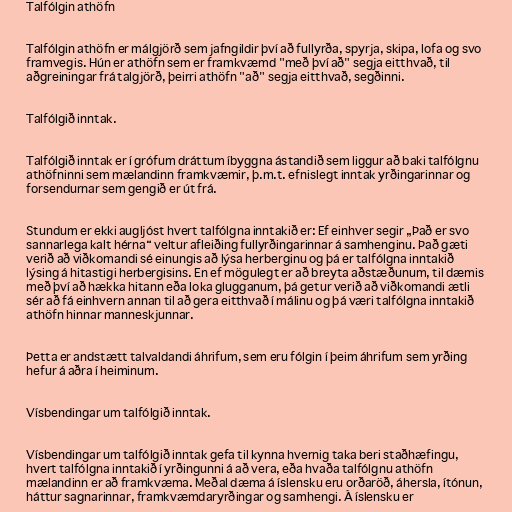
Talfólgin athöfn

Talfólgin athöfn er málgjörð sem jafngildir því að fullyrða, spyrja, skipa, lofa og svo
framvegis. Hún er athöfn sem er framkvæmd "með því að" segja eitthvað, til
aðgreiningar frá talgjörð, þeirri athöfn "að" segja eitthvað, segðinni.

Talfólgið inntak.

Talfólgið inntak er í grófum dráttum íbyggna ástandið sem liggur að baki talfólgnu
athöfninni sem mælandinn framkvæmir, þ.m.t. efnislegt inntak yrðingarinnar og
forsendurnar sem gengið er út frá.

Stundum er ekki augljóst hvert talfólgna inntakið er: Ef einhver segir „Það er svo
sannarlega kalt hérna“ veltur afleiðing fullyrðingarinnar á samhenginu. Það gæti
verið að viðkomandi sé einungis að lýsa herberginu og þá er talfólgna inntakið
lýsing á hitastigi herbergisins. En ef mögulegt er að breyta aðstæðunum, til dæmis
með því að hækka hitann eða loka glugganum, þá getur verið að viðkomandi ætli
sér að fá einhvern annan til að gera eitthvað í málinu og þá væri talfólgna inntakið
athöfn hinnar manneskjunnar.

Þetta er andstætt talvaldandi áhrifum, sem eru fólgin í þeim áhrifum sem yrðing
hefur á aðra í heiminum.

Vísbendingar um talfólgið inntak.

Vísbendingar um talfólgið inntak gefa til kynna hvernig taka beri staðhæfingu,
hvert talfólgna inntakið í yrðingunni á að vera, eða hvaða talfólgnu athöfn
mælandinn er að framkvæma. Meðal dæma á íslensku eru orðaröð, áhersla, ítónun,
háttur sagnarinnar, framkvæmdaryrðingar og samhengi. Á íslensku er